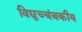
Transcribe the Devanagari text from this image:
विद्युच्चंबकीय